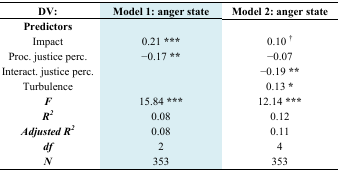
<table><thead><tr><td><b>DV:</b></td><td><b>Model 1: anger state</b></td><td><b>Model 2: anger state</b></td></tr></thead><tbody><tr><td><b>Predictors</b></td><td>[EMPTY_CELL]</td><td>[EMPTY_CELL]</td></tr><tr><td>Impact</td><td>0.21 ***</td><td>0.10 <sup>†</sup></td></tr><tr><td>Proc. justice perc.</td><td>−0.17 **</td><td>−0.07</td></tr><tr><td>Interact. justice perc.</td><td>[EMPTY_CELL]</td><td>−0.19 **</td></tr><tr><td>Turbulence</td><td>[EMPTY_CELL]</td><td>0.13 *</td></tr><tr><td><b><i>F</i></b></td><td>15.84 ***</td><td>12.14 ***</td></tr><tr><td><b><i>R<sup>2</sup></i></b></td><td>0.08</td><td>0.12</td></tr><tr><td><b><i>Adjusted R<sup>2</sup></i></b></td><td>0.08</td><td>0.11</td></tr><tr><td><b><i>df</i></b></td><td>2</td><td>4</td></tr><tr><td><b><i>N</i></b></td><td>353</td><td>353</td></tr></tbody></table>